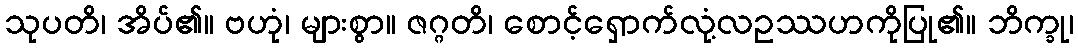
သုပတိ၊ အိပ်၏။ ဗဟုံ၊ များစွာ။ ဇဂ္ဂတိ၊ စောင့်ရှောက်လုံ့လဥဿဟကိုပြု၏။ ဘိက္ခု၊